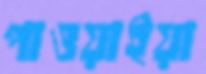
পাওয়াইয়া